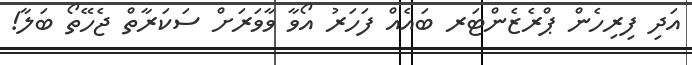
އަދި ފިރިހެން ޕްރެޒެންޓަރ ބައެއް ފަހަރު އޯވާ ވާވަރަށް ސަކަރާތް ޖެހޭތޯ ބަލާ!